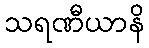
သရဏီယာနိ